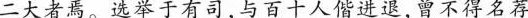
二太者焉。选举于有司，与百十人僧进退，曾不得名荐